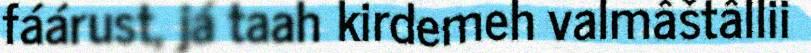
fáárust, já taah kirdemeh valmâštâllii